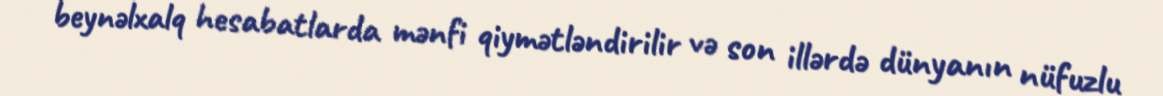
beynəlxalq hesabatlarda mənfi qiymətləndirilir və son illərdə dünyanın nüfuzlu